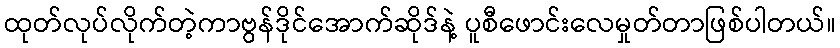
ထုတ်လုပ်လိုက်တဲ့ကာဗွန်ဒိုင်အောက်ဆိုဒ်နဲ့ ပူစီဖောင်းလေမှုတ်တာဖြစ်ပါတယ်။